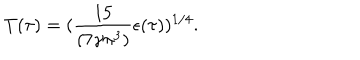
T ( \tau ) = ( { \frac { 1 5 } { ( 7 \gamma \pi ^ { 3 } ) } } { \epsilon ( \tau ) } ) ^ { 1 / 4 } .